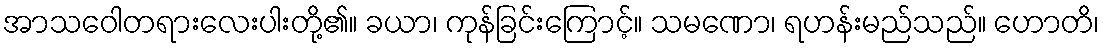
အာသဝေါတရားလေးပါးတို့၏။ ခယာ၊ ကုန်ခြင်းကြောင့်။ သမဏော၊ ရဟန်းမည်သည်။ ဟောတိ၊